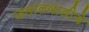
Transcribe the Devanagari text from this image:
जलालवाडीचे